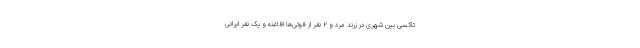
تاکسی بین شهری در زرند مرد و ۲ نفر از فوتی‌ها افاغنه و یک نفر ایرانی